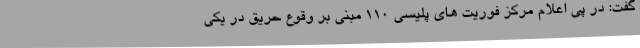
گفت: در پی اعلام مرکز فوریت های پلیسی 110 مبنی بر وقوع حریق در یکی